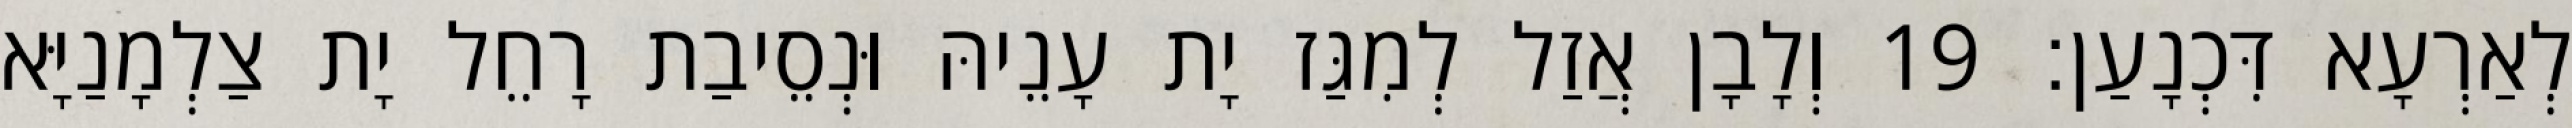
לְאַרְעָא דִּכְנָעַן׃ 19 וְלָבָן אֲזַל לְמִגַּז יָת עָנֵיהּ וּנְסֵיבַת רָחֵל יָת צַלְמָנַיָּא